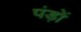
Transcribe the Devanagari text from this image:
पंड़ों